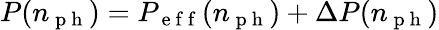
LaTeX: P(n_{\mathrm{~p~h~}})=P_{\mathrm{~e~f~f~}}(n_{\mathrm{~p~h~}})+\Delta P(n_{\mathrm{~p~h~}})